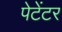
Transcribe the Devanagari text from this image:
पेटेंटर